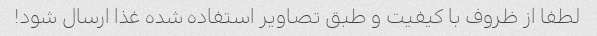
لطفا از ظروف با کیفیت و طبق تصاویر استفاده شده غذا ارسال شود!